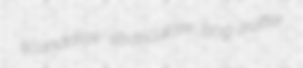
scandalise straticulate bog-trotter